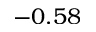
- 0 . 5 8